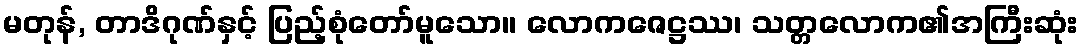
မတုန်, တာဒိဂုဏ်နှင့် ပြည့်စုံတော်မူသော။ လောကဇေဋ္ဌဿ၊ သတ္တလောက၏အကြီးဆုံး